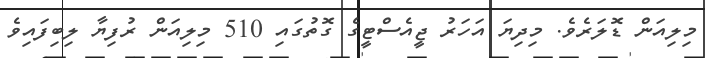
މިލިއަން ޑޮލަރެވެ. މިދިޔަ އަހަރު ޖީއެސްޓީގެ ގޮތުގައި 510 މިލިއަން ރުފިޔާ ލިބިފައިވެ